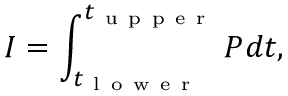
I = \int _ { t _ { \mathrm { ~ l ~ o ~ w ~ e ~ r ~ } } } ^ { t _ { \mathrm { ~ u ~ p ~ p ~ e ~ r ~ } } } P d t ,